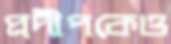
প্রদীপকেও